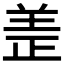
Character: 𫅏